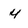
Character: 4